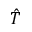
\hat { T }